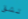
تشق